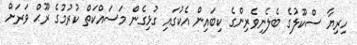
ހިރިޔާ ސްކޫލުގެ ބެލެނިވެރިންގެ ކިބައިން އެކުގައި ގުޅިގެން މަސައްކަތް ކުރުމުގެ ރޫޙް ވަަރަށް